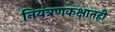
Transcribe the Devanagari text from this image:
नियंत्रणकक्षातही